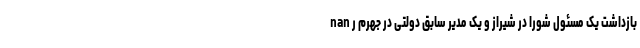
nan بازداشت یک مسئول شورا در شیراز و یک مدیر سابق دولتی در جهرم ر